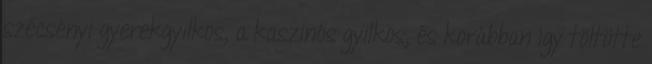
szécsényi gyerekgyilkos, a kaszinós gyilkos, és korábban így töltötte